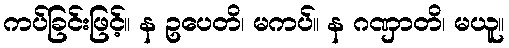
ကပ်ခြင်းဖြင့်။ န ဥပေတိ၊ မကပ်။ န ဂဏှာတိ၊ မယူ။